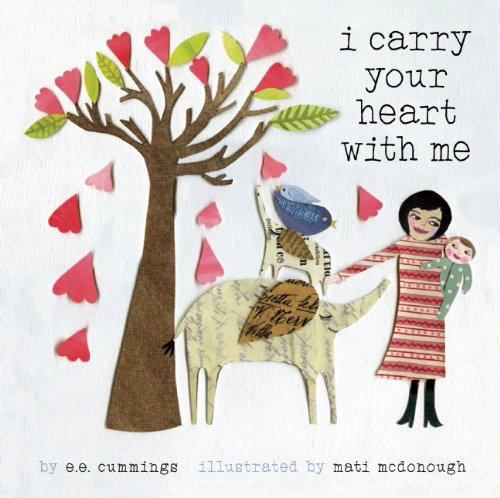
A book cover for I Carry Your Heart With Me; E. E. Cummings; Children's Books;